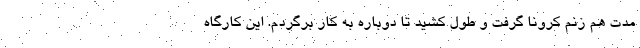
مدت هم زنم کرونا گرفت و طول کشید تا دوباره به کار برگردم. این کارگاه